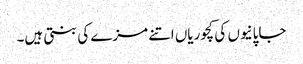
جاپانیوں کی کچوریاں اتنے مزے کی بنتی ہیں۔